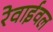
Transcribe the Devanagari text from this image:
रेवाईवल